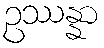
ဥဿန္နာ